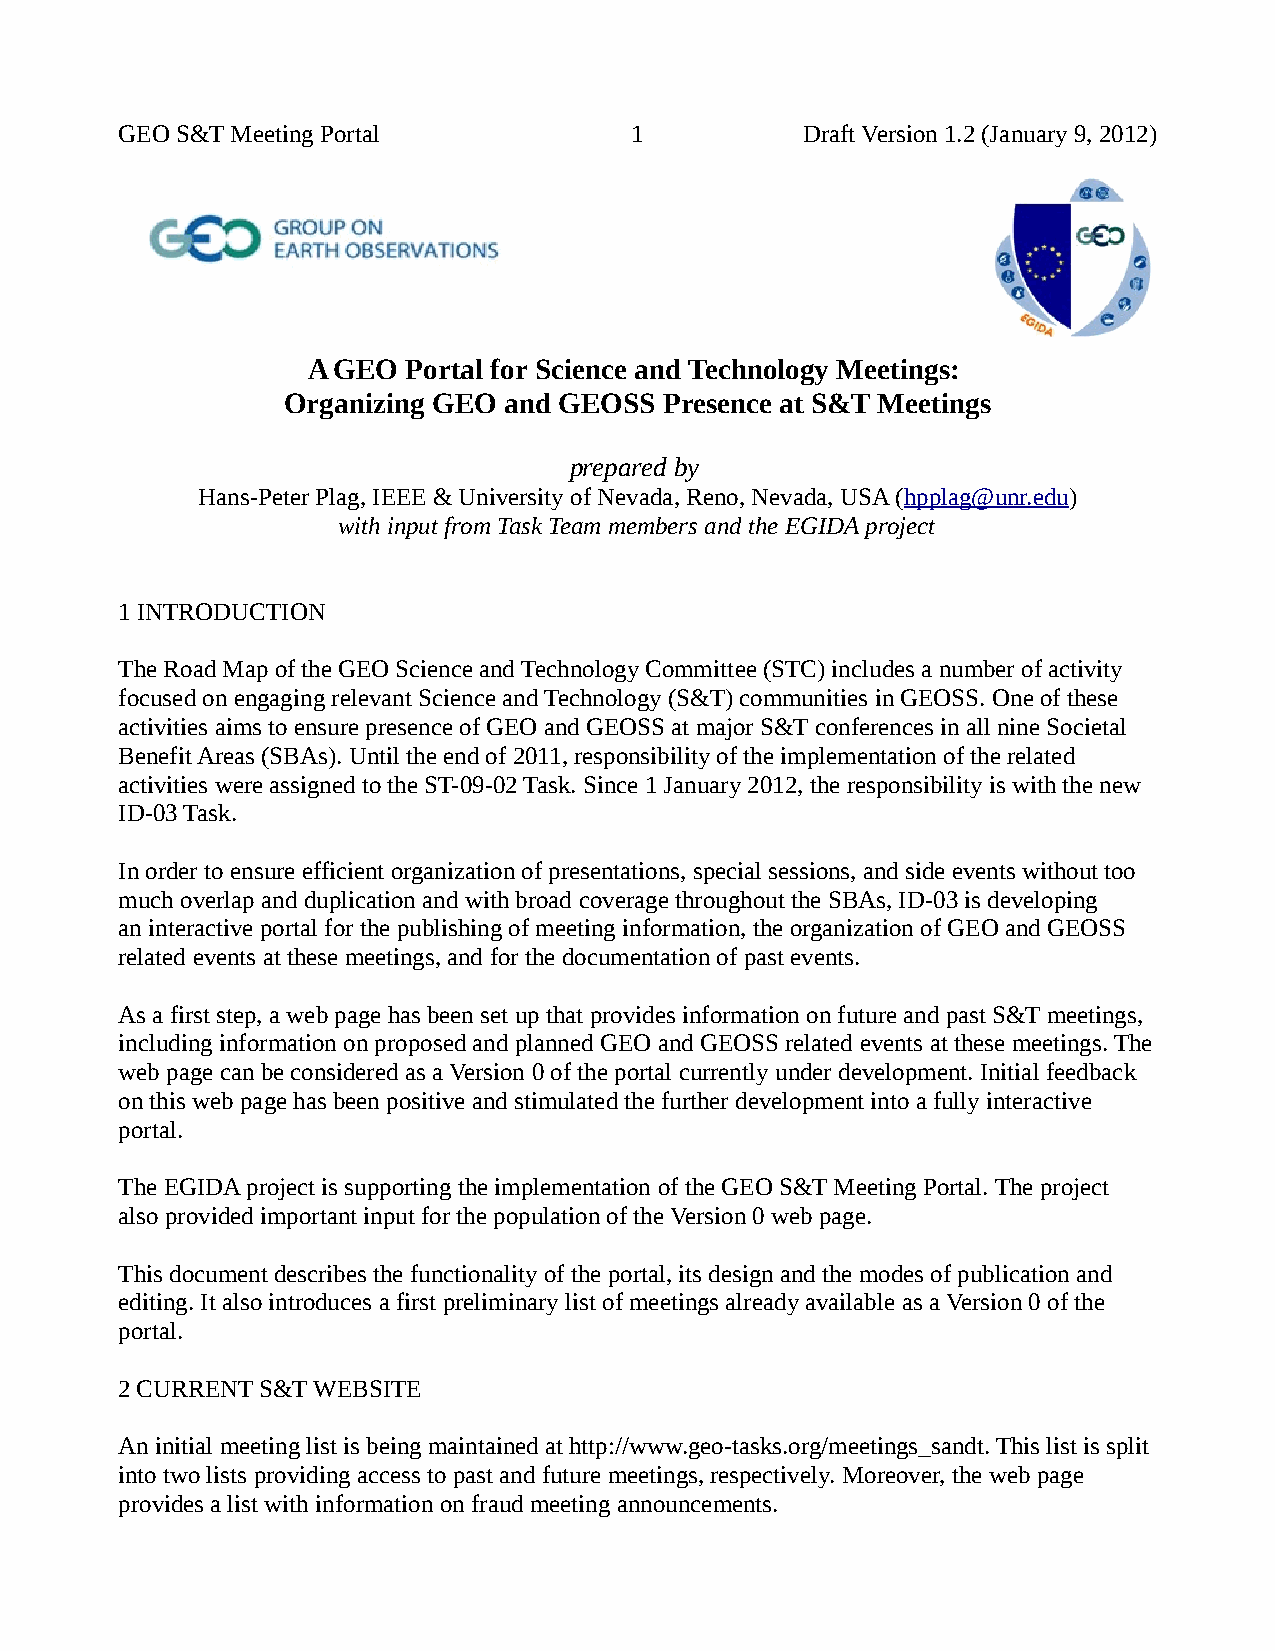
GEO S&T Meeting Portal            1          Draft Version 1.2 (January 9, 2012)
 A GEO  Portal for Science and Technology Meetings:
 Organizing GEO and GEOSS Presence at S&T Meetings
 prepared by
 Hans-Peter Plag, IEEE & University of Nevada, Reno, Nevada, USA (hpplag@unr.edu)
 with input from Task Team members and the EGIDA project
 1 INTRODUCTION
 The Road Map of the GEO Science and Technology Committee (STC) includes a number of activity
 focused on engaging relevant Science and Technology (S&T) communities in GEOSS. One of these
 activities aims to ensure presence of GEO and GEOSS at major S&T conferences in all nine Societal
 Benefit Areas (SBAs). Until the end of 2011, responsibility of the implementation of the related
 activities were assigned to the ST-09-02 Task. Since 1 January 2012, the responsibility is with the new
 ID-03 Task.
 In order to ensure efficient organization of presentations, special sessions, and side events without too
 much overlap and duplication and with broad coverage throughout the SBAs, ID-03 is developing
 an interactive portal for the publishing of meeting information, the organization of GEO and GEOSS
 related events at these meetings, and for the documentation of past events.
 As a first step, a web page has been set up that provides information on future and past S&T meetings,
 including information on proposed and planned GEO and GEOSS related events at these meetings. The
 web page can be considered as a Version 0 of the portal currently under development. Initial feedback
 on this web page has been positive and stimulated the further development into a fully interactive
 portal.
 The EGIDA project is supporting the implementation of the GEO S&T Meeting Portal. The project
 also provided important input for the population of the Version 0 web page.
 This document describes the functionality of the portal, its design and the modes of publication and
 editing. It also introduces a first preliminary list of meetings already available as a Version 0 of the
 portal.
 2 CURRENT S&T WEBSITE
 An initial meeting list is being maintained at http://www.geo-tasks.org/meetings_sandt. This list is split
 into two lists providing access to past and future meetings, respectively. Moreover, the web page
 provides a list with information on fraud meeting announcements.